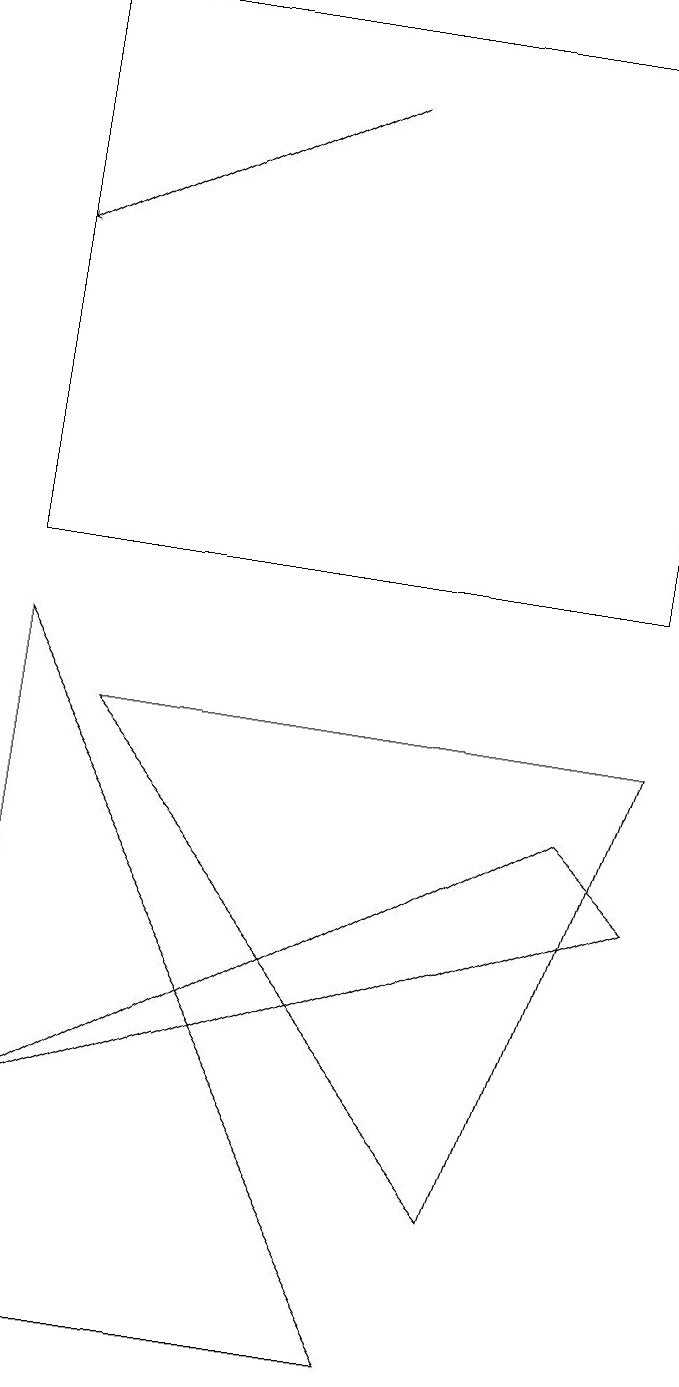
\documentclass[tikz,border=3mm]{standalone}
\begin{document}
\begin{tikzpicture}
\draw (8,10) rectangle (0,17);
\draw (0,9) -- (5,0) -- (0,0) -- cycle;
\draw (8,6) -- (7,7) -- (0,3) -- cycle;
\draw (8,8) -- (6,2) -- (1,8) -- cycle;
\draw[->] (4,16) -- (0,14);
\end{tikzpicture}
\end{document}